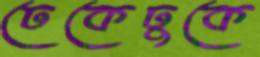
ঢেকেঢুকে